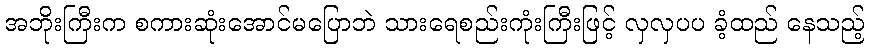
အဘိုးကြီးက စကားဆုံးအောင်မပြောဘဲ သားရေစည်းကုံးကြီးဖြင့် လှလှပပ ခံ့ထည် နေသည့်